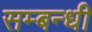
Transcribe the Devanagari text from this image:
सम्‍बन्‍धी